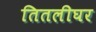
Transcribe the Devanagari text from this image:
तितलीघर